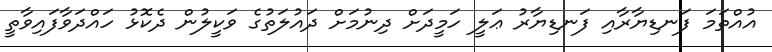
އުއްތަމަ ފަނޑިޔާރާއި ފަނޑިޔާރު ޢަލީ ހަމީދަށް ދިނުމަށް ދައުލަތުގެ ވަކީލުން ދެކޮޅު ހައްދަވާފައިވާތީ